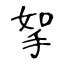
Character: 挐